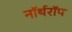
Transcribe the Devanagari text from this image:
नॉर्थरॉप